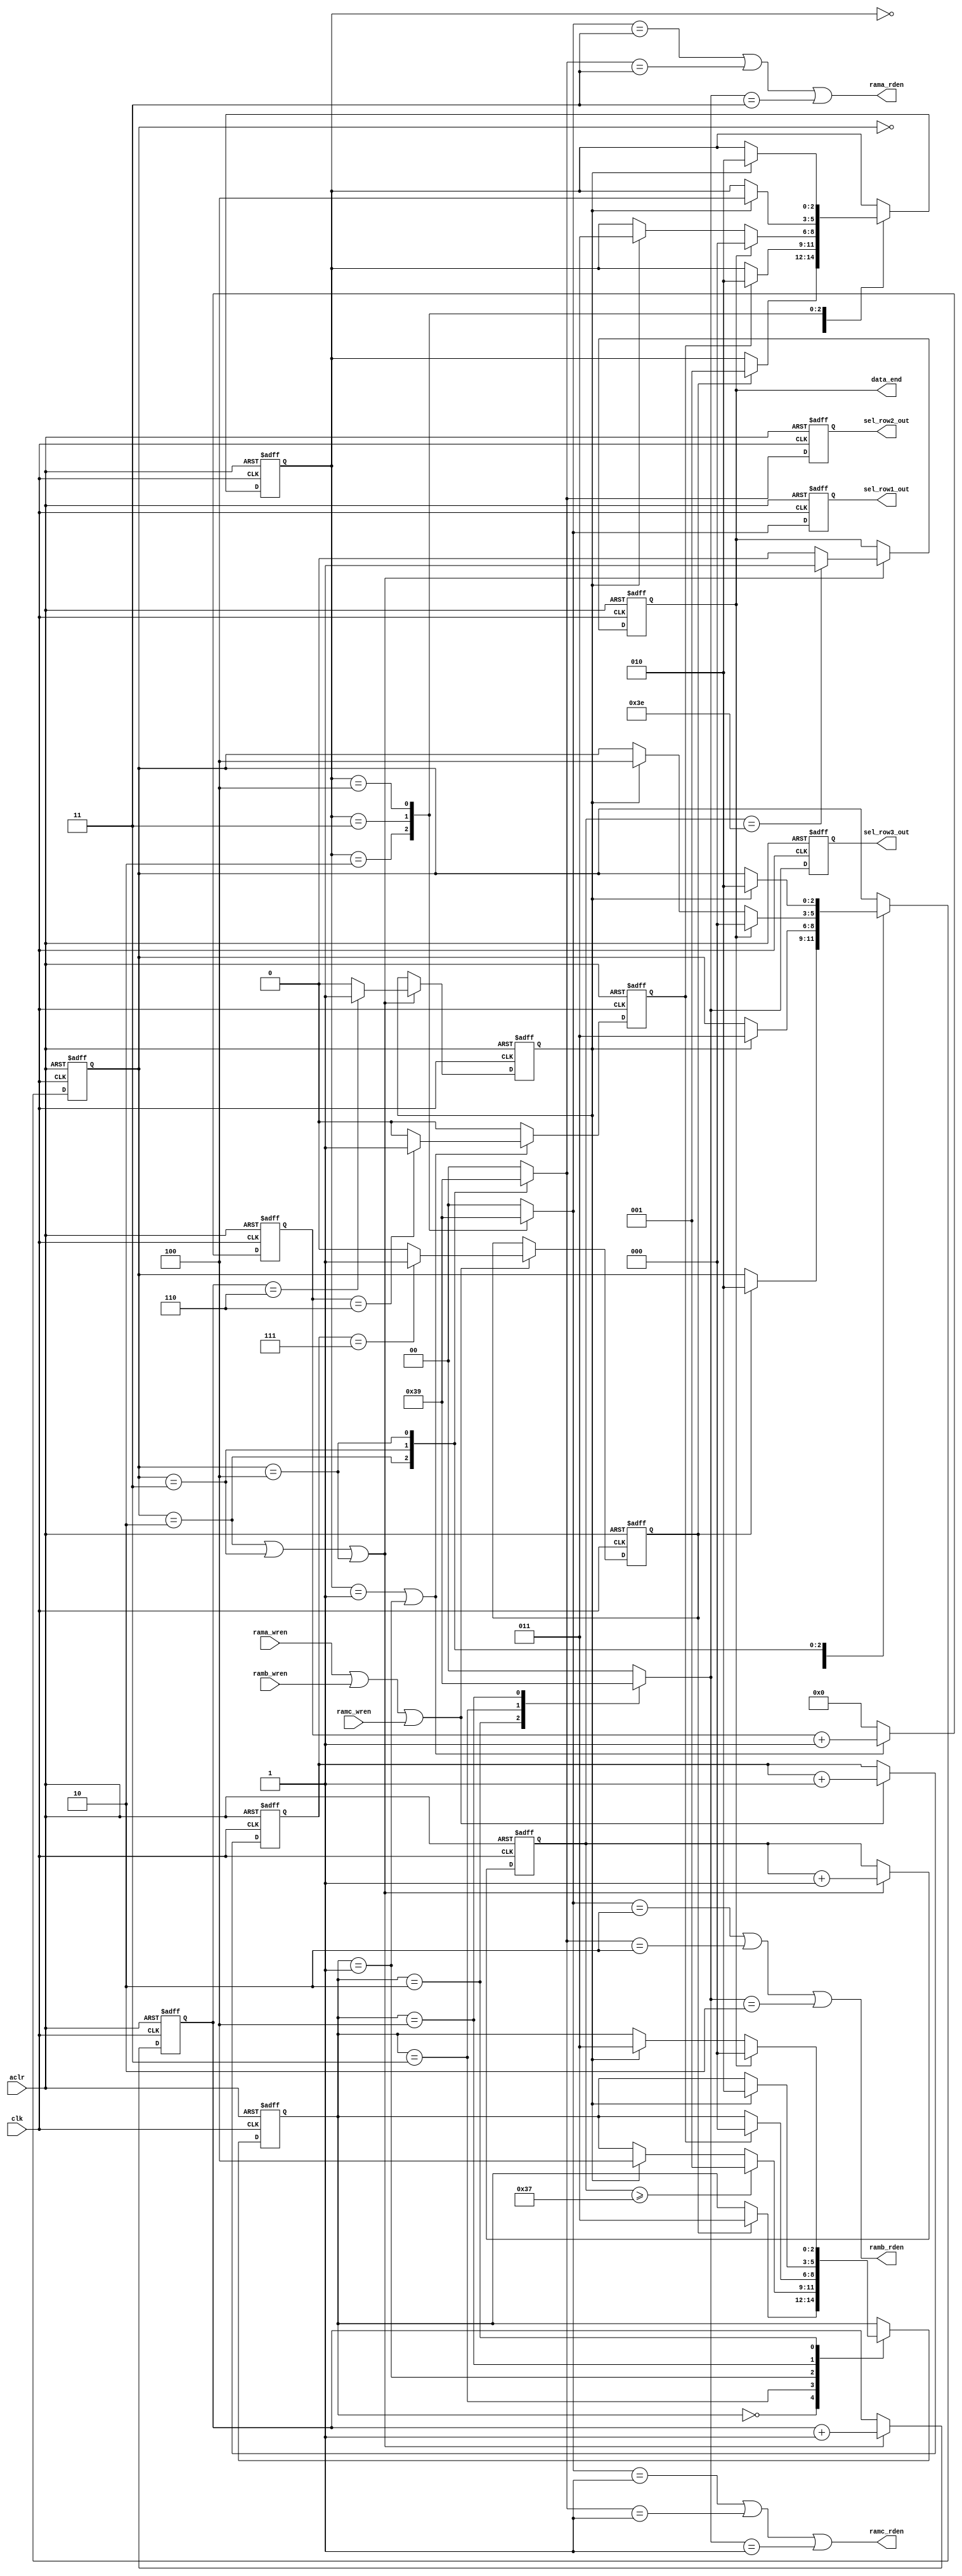
module gen_ram_rden (
clk, 
aclr,
rama_wren, 
ramb_wren, 
ramc_wren,
sel_row1_out, 
sel_row2_out, 
sel_row3_out, 
data_end, 
rama_rden, 
ramb_rden, 
ramc_rden);

input clk, aclr;
input rama_wren, ramb_wren, ramc_wren;
output [1:0] sel_row1_out, sel_row2_out, sel_row3_out;
output data_end;
output rama_rden, ramb_rden, ramc_rden;



	//Reg Declaration
	reg [1:0] sel_row1_out, sel_row2_out, sel_row3_out;
	reg [1:0] sel_row1, sel_row2, sel_row3;
	reg [2:0] row1_state, row2_state, row3_state;
	reg [3:0] count_ZF;
	reg [2:0] count_full_row;
	reg [5:0] count_end_data;
	reg [5:0] count_valid_data;
	reg start_filter;
	reg row_end;
	reg data_end;
	reg zero_end;
	
	
    parameter idle = 0, ZF = 1, A = 2 , B = 3, C = 4;

	//Wire Declaration
	wire count_valid_data_en = rama_wren || ramb_wren || ramc_wren;
	wire count_row =  (row2_state == A) || (row2_state == B) || (row2_state == C);
	wire count_zero = (row1_state == ZF) || (row3_state == ZF);
	
		
	assign rama_rden = (sel_row1 == 2'b11) || (sel_row2 == 2'b11) || (sel_row3 == 2'b11);
	assign ramb_rden = (sel_row1 == 2'b10) || (sel_row2 == 2'b10) || (sel_row3 == 2'b10);
	assign ramc_rden = (sel_row1 == 2'b01) || (sel_row2 == 2'b01) || (sel_row3 == 2'b01);
	

always @ (posedge clk or posedge aclr)
begin
    if (aclr)
    begin
        count_valid_data <= 0;
        start_filter <= 0;
    end
    else if (count_valid_data_en) 
    begin
        count_valid_data <= count_valid_data + 1;
        if (count_valid_data == 7)
            start_filter <= 1;
        else
            start_filter <= 0;
    end
end
    
		
		
always
begin
	case (row1_state)
		idle: begin
				sel_row1 = 2'b00;
			  end	
			
		ZF: begin
				sel_row1 = 2'b00;
			end
		A: begin
				sel_row1 = 2'b11;
		   end
		B: begin
				sel_row1 = 2'b10;
		   end
		C: begin
				sel_row1 = 2'b01;
   	       end
		default : begin
					sel_row1 = 2'b00;
	    		  end
	endcase
end


always
begin
	case (row2_state)
		idle: begin
				sel_row2 = 2'b00;
			  end	
			
		A: begin
				sel_row2 = 2'b11;
		   end
		B: begin
				sel_row2 = 2'b10;
		   end
		C: begin
				sel_row2 = 2'b01;
		   end
		default : begin
					sel_row2 = 2'b00;
	    		  end
	endcase
end


always
begin
	case (row3_state)
		idle: begin
				sel_row3 = 2'b00;
			  end	
			
		ZF: begin
				sel_row3 = 2'b00;
			end

		A: begin
				sel_row3 = 2'b11;
		   end
		B: begin
				sel_row3 = 2'b10;
		   end
		C: begin
				sel_row3 = 2'b01;
		   end
		default : begin
					sel_row3 = 2'b00;
	    		  end
	endcase
end


always @(posedge clk or posedge aclr)
begin
	if (aclr)
		row1_state = idle;
	else
		case (row1_state)
			idle: begin
			  		if (start_filter)
						row1_state = ZF;
				  end
			ZF: begin
				  if (zero_end)
						row1_state = A;
				  end
			A: begin
			      if (data_end)
			            row1_state = idle;
			      else if (row_end)
						row1_state = B;
				  end
			B: begin
				  if (row_end)
						row1_state = C;
				  end
			C: begin
				  if (row_end)
						row1_state = A;
				  end
		endcase	
end		


always @(posedge clk or posedge aclr)
begin
	if (aclr)
		row2_state = idle;
	else
		case (row2_state)
			idle: begin
			  		if (start_filter)
						row2_state = A;
				  end
				
			A: begin
			      if (row_end)
						row2_state = B;
				  end
			B: begin
				  if (data_end)
			            row2_state = idle;
			      else if (row_end)
						row2_state = C;
				  end
			C: begin
				  if (row_end)
						row2_state = A;
				  end

			
		endcase	
end		


always @(posedge clk or posedge aclr)
begin
	if (aclr)
		row3_state = idle;
	else
		case (row3_state)
			idle: begin
			  		if (start_filter)
						row3_state = B;
				  end
			B: begin
				   if (count_end_data >= 55)
			            row3_state = ZF;
			      else if (row_end)
						row3_state = C;
				  end
			ZF: begin
				  if (zero_end)
						row3_state = idle;
				  end
			C: begin
				  if (row_end)
						row3_state = A;
				  end
			A: begin
			      if (data_end)
			            row3_state = idle;
			      else if (row_end)
						row3_state = B;
				  end

		endcase	
end		

always @(posedge clk or posedge aclr)
begin
	if (aclr) 
		begin
			count_full_row <= 0;
			row_end <= 0;
	    end
	else if (count_row)
		begin
		   count_full_row <= count_full_row + 1;
		   if (count_full_row == 6)
		   	  row_end <= 1;
	  	   else
			  row_end <= 0;
		 end
end


always @(posedge clk or posedge aclr)
begin
	if (aclr) 
		begin
			count_ZF <= 0;
			zero_end <= 0;
	    end
	else if (count_zero)
		begin
		   count_ZF <= count_ZF + 1;
		      if (count_ZF == 6)
		   	     zero_end <= 1;
   	  	      else
			     zero_end <= 0;
  		end
    else
        begin
             count_ZF <= 0;
  		     zero_end <= 0;
        end
end



always @(posedge clk or posedge aclr)
begin
   if (aclr)
	   begin
	       count_end_data <= 0;
	       data_end <= 0;
	   end
	else if (count_row)
	   begin
	       count_end_data <= count_end_data + 1;
	       if (count_end_data == 62)
	         data_end <= 1;
	       else
	         data_end <=0;
	   end
 end

always @ (posedge clk or posedge aclr)
begin
    if (aclr)
       begin
          sel_row1_out <= 0;
          sel_row2_out <= 0;
		  sel_row3_out <= 0;
	   end
	else 
	   begin
		  sel_row1_out <= sel_row1;
		  sel_row2_out <= sel_row2;
		  sel_row3_out <= sel_row3;
	   end
end 
	      

endmodule